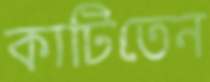
কাটিতেন